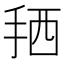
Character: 𢬣